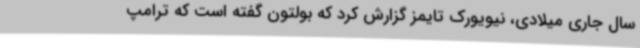
سال جاری میلادی، نیویورک تایمز گزارش کرد که بولتون گفته است که ترامپ